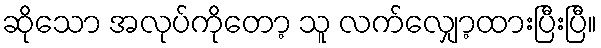
ဆိုသော အလုပ်ကိုတော့ သူ လက်လျှော့ထားပြီးပြီ။